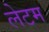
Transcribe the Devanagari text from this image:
लेटम